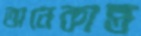
অনেকান্ত